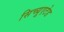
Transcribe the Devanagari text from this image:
सिच्यूएटेड